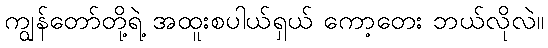
ကျွန်တော်တို့ရဲ့ အထူးစပါယ်ရှယ် ကော့တေး ဘယ်လိုလဲ။